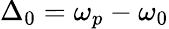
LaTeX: \Delta_{0}=\omega_{p}-\omega_{0}